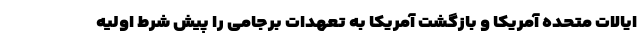
ایالات متحده آمریکا و بازگشت آمریکا به تعهدات برجامی را پیش شرط اولیه